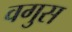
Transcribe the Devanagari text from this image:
वगुस